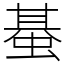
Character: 蜝